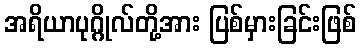
အရိယာပုဂ္ဂိုလ်တို့အား ပြစ်မှားခြင်းဖြစ်